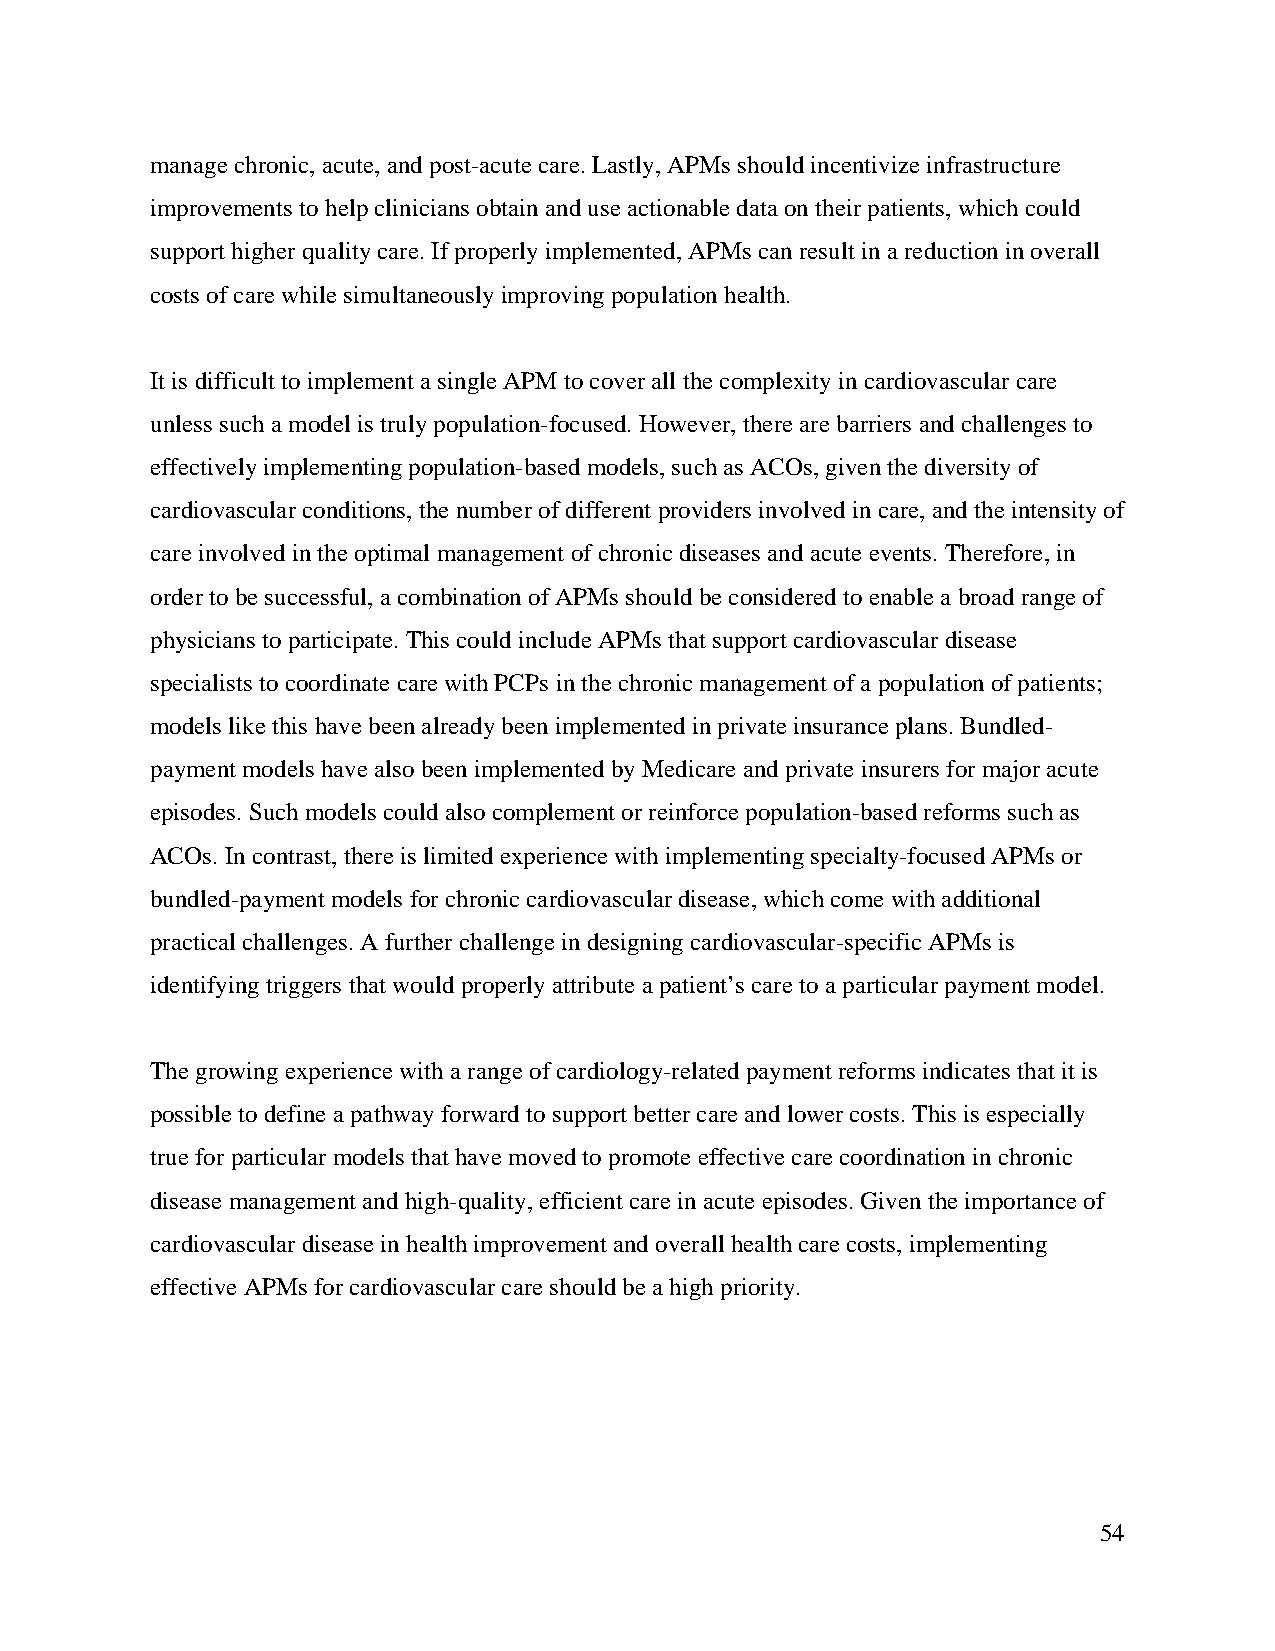
manage chronic, acute, and post-acute care. Lastly, APMs should incentivize infrastructure
 improvements to help clinicians obtain and use actionable data on their patients, which could
 support higher quality care. If properly implemented, APMs can result in a reduction in overall
 costs of care while simultaneously improving population health.
 It is difficult to implement a single APM to cover all the complexity in cardiovascular care
 unless such a model is truly population-focused. However, there are barriers and challenges to
 effectively implementing population-based models, such as ACOs, given the diversity of
 cardiovascular conditions, the number of different providers involved in care, and the intensity of
 care involved in the optimal management of chronic diseases and acute events. Therefore, in
 order to be successful, a combination of APMs should be considered to enable a broad range of
 physicians to participate. This could include APMs that support cardiovascular disease
 specialists to coordinate care with PCPs in the chronic management of a population of patients;
 models like this have been already been implemented in private insurance plans. Bundled-
 payment models have also been implemented by Medicare and private insurers for major acute
 episodes. Such models could also complement or reinforce population-based reforms such as
 ACOs. In contrast, there is limited experience with implementing specialty-focused APMs or
 bundled-payment models for chronic cardiovascular disease, which come with additional
 practical challenges. A further challenge in designing cardiovascular-specific APMs is
 identifying triggers that would properly attribute a patient’s care to a particular payment model.
 The growing experience with a range of cardiology-related payment reforms indicates that it is
 possible to define a pathway forward to support better care and lower costs. This is especially
 true for particular models that have moved to promote effective care coordination in chronic
 disease management and high-quality, efficient care in acute episodes. Given the importance of
 cardiovascular disease in health improvement and overall health care costs, implementing
 effective APMs for cardiovascular care should be a high priority.
 54